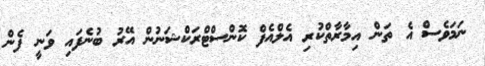
ނަމަވެސް އެ ތަން އިމާރާތްކުރި އެލްއެފް ކޮންސްޓްރަކްޝަނުން އޭރު ބުނެފައި ވަނީ ފެން